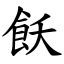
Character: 飫